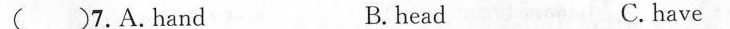
( )7. A.Hand B.head C.have